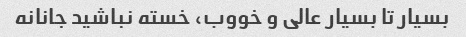
بسیار تا بسیار عالی و خووب، خسته نباشید جانانه